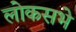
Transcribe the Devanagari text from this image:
लोकसभे